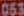
053